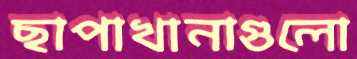
ছাপাখানাগুলো